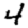
Digit: 4